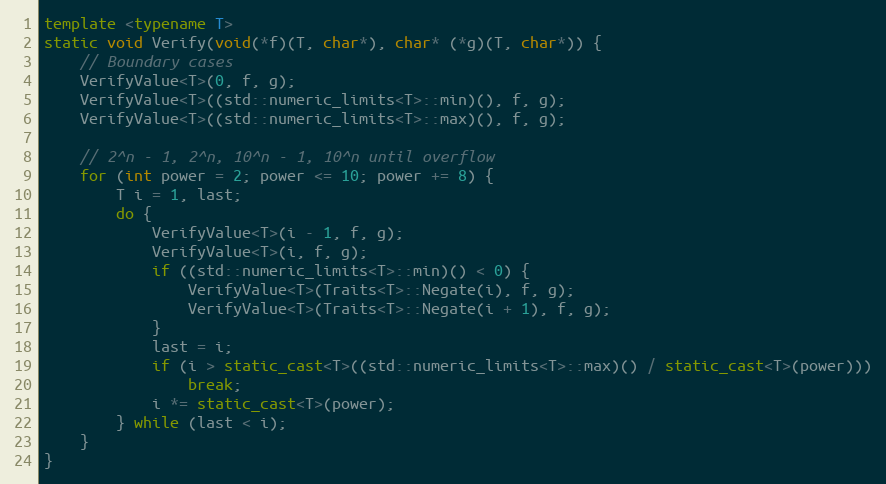
Language: C++
template <typename T>
static void Verify(void(*f)(T, char*), char* (*g)(T, char*)) {
    // Boundary cases
    VerifyValue<T>(0, f, g);
    VerifyValue<T>((std::numeric_limits<T>::min)(), f, g);
    VerifyValue<T>((std::numeric_limits<T>::max)(), f, g);

    // 2^n - 1, 2^n, 10^n - 1, 10^n until overflow
    for (int power = 2; power <= 10; power += 8) {
        T i = 1, last;
        do {
            VerifyValue<T>(i - 1, f, g);
            VerifyValue<T>(i, f, g);
            if ((std::numeric_limits<T>::min)() < 0) {
                VerifyValue<T>(Traits<T>::Negate(i), f, g);
                VerifyValue<T>(Traits<T>::Negate(i + 1), f, g);
            }
            last = i;
            if (i > static_cast<T>((std::numeric_limits<T>::max)() / static_cast<T>(power)))
                break;
            i *= static_cast<T>(power);
        } while (last < i);
    }
}